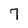
Character: 7